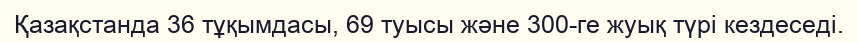
Қазақстанда 36 тұқымдасы, 69 туысы және 300-ге жуық түрі кездеседі.